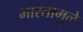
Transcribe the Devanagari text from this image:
भारतामुळे